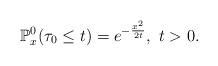
LaTeX: \begin{align*}\mathbb{P}_x^0(\tau_0\leq t)=e^{-\frac{x^2}{2t}},~t>0.\end{align*}